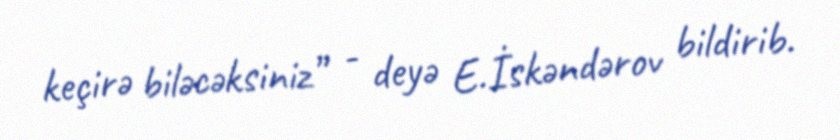
keçirə biləcəksiniz” - deyə E.İskəndərov bildirib.